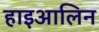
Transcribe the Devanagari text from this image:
हाइआलिन